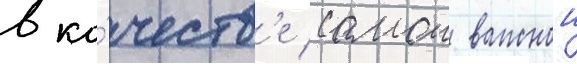
в ка́честв'е самои важнои